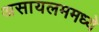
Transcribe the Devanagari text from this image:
असायलममध्ये